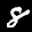
Label: 8